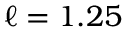
\ell = 1 . 2 5